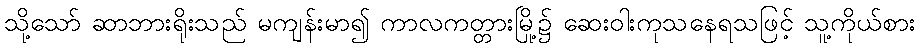
သို့သော် ဆာဘားရိုးသည် မကျန်းမာ၍ ကာလကတ္တားမြို့၌ ဆေးဝါးကုသနေရသဖြင့် သူ့ကိုယ်စား